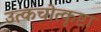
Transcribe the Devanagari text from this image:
उत्कचोत्कृष्टा